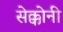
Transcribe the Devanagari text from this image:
सेक्कोनी